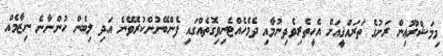
މިމަޝްރޫޢިން ރަށުގެ ތަރައްޤީއަށް އެހީތެރިވެދިނުމާއި ދެމެހެއްޓެނިވިގޮތެއްގައި ފެންބޭނުންކުރެވޭނެ އަދި ލިބެން ހުންނާނެ ނިޒާމެއް